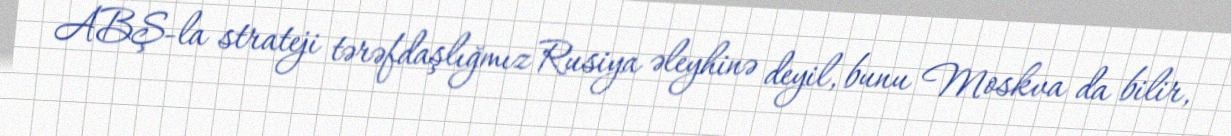
ABŞ-la strateji tərəfdaşlığmız Rusiya əleyhinə deyil, bunu Moskva da bilir,